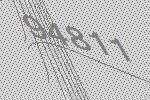
94811